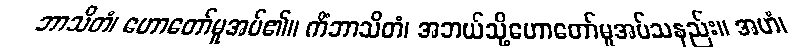
ဘာသိတံ၊ ဟောတော်မူအပ်၏။ ကိံဘာသိတံ၊ အဘယ်သို့ဟောတော်မူအပ်သနည်း။ အဟံ၊